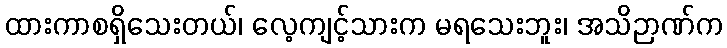
ထားကာစရှိသေးတယ်၊ လေ့ကျင့်သားက မရသေးဘူး၊ အသိဉာဏ်က